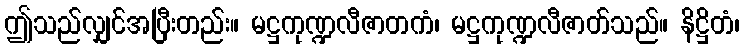
ဤသည်လျှင်အပြီးတည်း။ မဋ္ဌကုဏ္ဍလီဇာတကံ၊ မဋ္ဌကုဏ္ဍလီဇာတ်သည်။ နိဋ္ဌိတံ၊